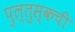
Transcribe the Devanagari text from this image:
पुल्तुस्कची